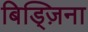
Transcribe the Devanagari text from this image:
बिड्ज़िना